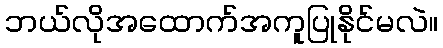
ဘယ်လိုအထောက်အကူပြုနိုင်မလဲ။